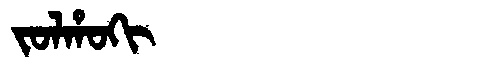
Manchu: ᠵᠣᠯᡥᠣᡴᡳ
Romanization: JOLHOKI